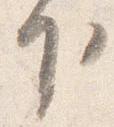
下